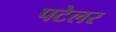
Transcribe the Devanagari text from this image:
पटेलर